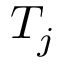
T _ { j }